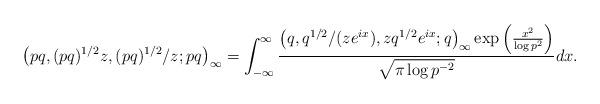
LaTeX: \begin{align*}\left(pq,(pq)^{1/2}z,(pq)^{1/2}/z;pq\right)_{\infty}=\int_{-\infty}^{\infty}\frac{\left(q,q^{1/2}/(ze^{ix}),zq^{1/2}e^{ix};q\right)_{\infty}\exp\left(\frac{x^{2}}{\log p^{2}}\right)}{\sqrt{\pi\log p^{-2}}}dx.\end{align*}